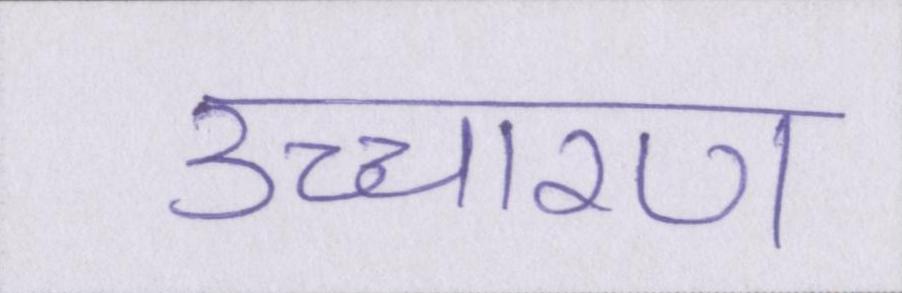
उच्चारण